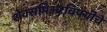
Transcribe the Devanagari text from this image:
शेक्सपिअरविषयीचे